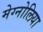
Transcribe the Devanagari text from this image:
मेग्नोलिया